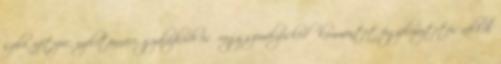
szóló, offtopic, nyelvtannáci, gyalázkodó és vagy személyeskedő kommentet figyelmeztetés nélkül